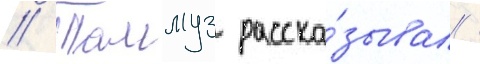
// Таммуз расска́зывал /